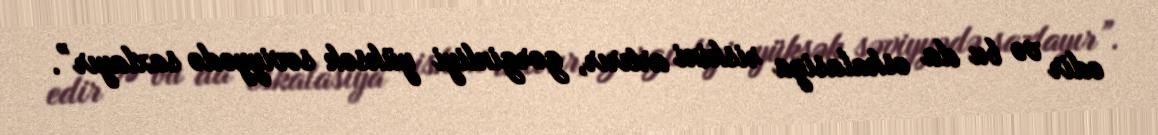
edir və bu da eskalasiya riskini artırır, gərginliyi yüksək səviyyədə saxlayır”.